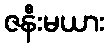
ဇနီးမယား